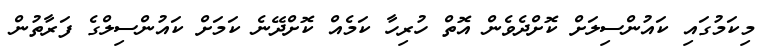
މިކަމުގައި ކައުންސިލަށް ކޮށްދެވެން އޮތް ހުރިހާ ކަމެއް ކޮށްދޭނެ ކަމަށް ކައުންސިލްގެ ފަރާތުން